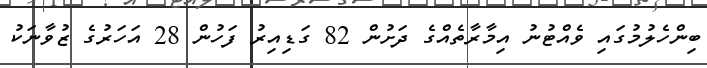
ބިންހެލުމުގައި ވެއްޓުނު އިމާރާތެއްގެ ދަށުން 82 ގަޑިއިރު ފަހުން 28 އަަހަރުގެ ޒުވާނަކު